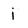
Character: i